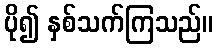
ပို၍ နှစ်သက်ကြသည်။